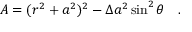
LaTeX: A = ( r ^ { 2 } + a ^ { 2 } ) ^ { 2 } - \Delta a ^ { 2 } \sin ^ { 2 } \theta ~ ~ ~ .